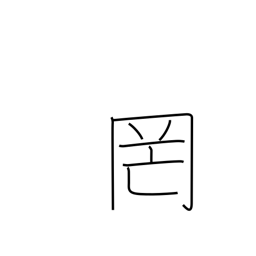
Meaning: net